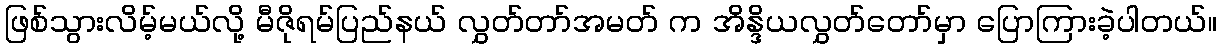
ဖြစ်သွားလိမ့်မယ်လို့ မီဇိုရမ်ပြည်နယ် လွှတ်တာ်အမတ် က အိန္ဒိယလွှတ်တော်မှာ ပြောကြားခဲ့ပါတယ်။